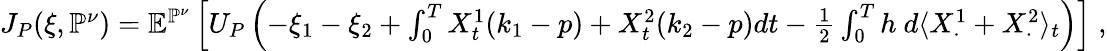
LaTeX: \begin{array}{r}{J_{P}(\xi,\mathbb{P}^{\nu})=\mathbb{E}^{\mathbb{P}^{\nu}}\left[U_{P}\left(-\xi_{1}-\xi_{2}+\int_{0}^{T}X_{t}^{1}(k_{1}-p)+X_{t}^{2}(k_{2}-p)dt-\frac 12\int_{0}^{T}h~d\langle X_{\cdot}^{1}+X_{\cdot}^{2}\rangle_{t}\right)\right]\; ,}\end{array}